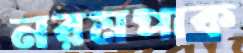
নরমপাক